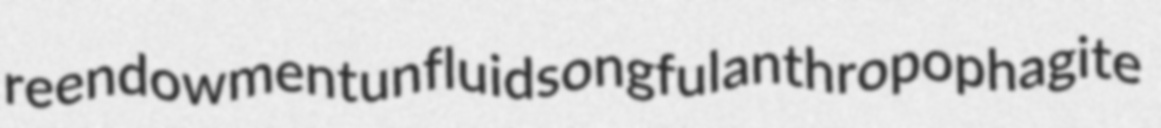
reendowment unfluid songful anthropophagite